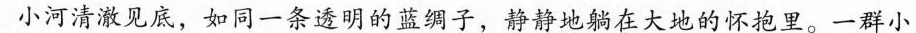
小河清澈见底，如同一条透明的蓝绸子，静静地躺在大地的怀抱里。一群小